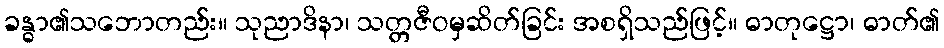
ခန္ဓာ၏သဘောတည်း။ သုညာဒိနာ၊ သတ္တဇီဝမှဆိတ်ခြင်း အစရှိသည်ဖြင့်။ ဓာတုဋ္ဌော၊ ဓာတ်၏